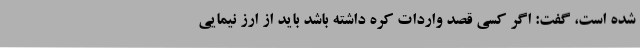
شده است، گفت: اگر کسی قصد واردات کره داشته باشد باید از ارز نیمایی